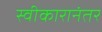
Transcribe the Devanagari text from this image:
स्वीकारानंतर